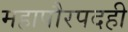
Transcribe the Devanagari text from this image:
महापौरपदही